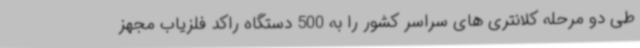
طی دو مرحله کلانتری های سراسر کشور را به 500 دستگاه راکد فلزیاب مجهز